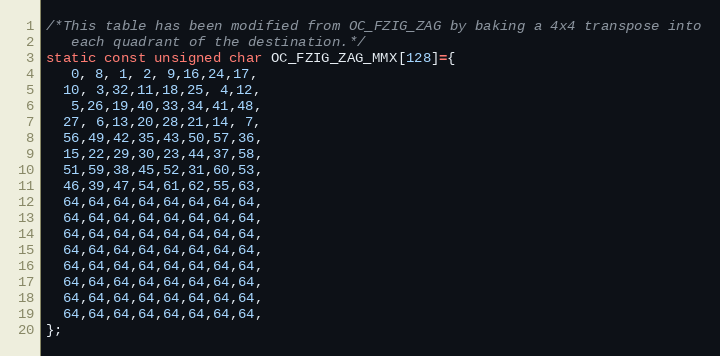
Language: C
/*This table has been modified from OC_FZIG_ZAG by baking a 4x4 transpose into
   each quadrant of the destination.*/
static const unsigned char OC_FZIG_ZAG_MMX[128]={
   0, 8, 1, 2, 9,16,24,17,
  10, 3,32,11,18,25, 4,12,
   5,26,19,40,33,34,41,48,
  27, 6,13,20,28,21,14, 7,
  56,49,42,35,43,50,57,36,
  15,22,29,30,23,44,37,58,
  51,59,38,45,52,31,60,53,
  46,39,47,54,61,62,55,63,
  64,64,64,64,64,64,64,64,
  64,64,64,64,64,64,64,64,
  64,64,64,64,64,64,64,64,
  64,64,64,64,64,64,64,64,
  64,64,64,64,64,64,64,64,
  64,64,64,64,64,64,64,64,
  64,64,64,64,64,64,64,64,
  64,64,64,64,64,64,64,64,
};